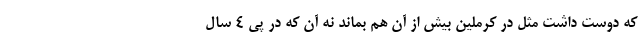
که دوست داشت مثل در کرملین بیش از آن هم بماند نه آن که در پی 4 سال